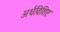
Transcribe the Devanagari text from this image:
अर्धविशिष्ट